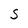
Character: S